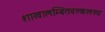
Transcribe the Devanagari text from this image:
शाखालम्बितवल्कलस्य